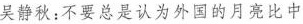
吴静秋:不要总是认为外国的月亮比中